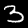
Digit: 3